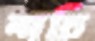
শচি